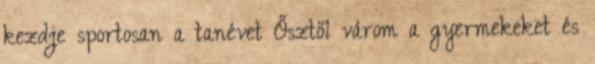
kezdje sportosan a tanévet Ősztől várom a gyermekeket és